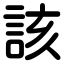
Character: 該